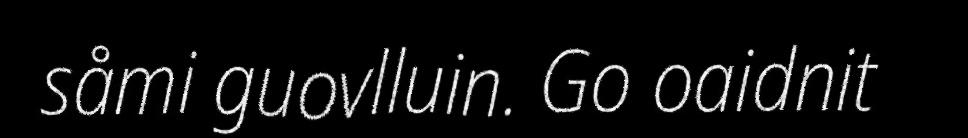
såmi guovlluin. Go oaidnit